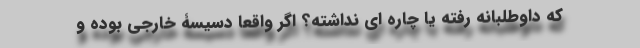
که داوطلبانه رفته یا چاره ای نداشته؟ اگر واقعا دسیسۀ خارجی بوده و